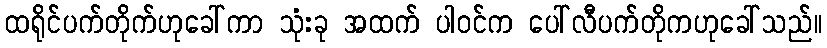
ထရိုင်ပက်တိုက်ဟုခေါ်ကာ သုံးခု အထက် ပါဝင်က ပေါ်လီပက်တိုကဟုခေါ်သည်။